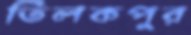
তিলকপুর